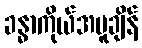
ခန္ဓာကိုယ်အပူချိန်